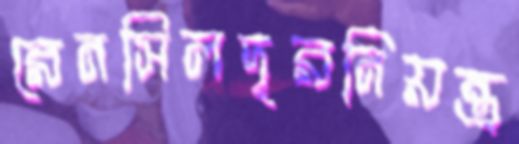
রেনসিলদূরনিয়ন্ত্র